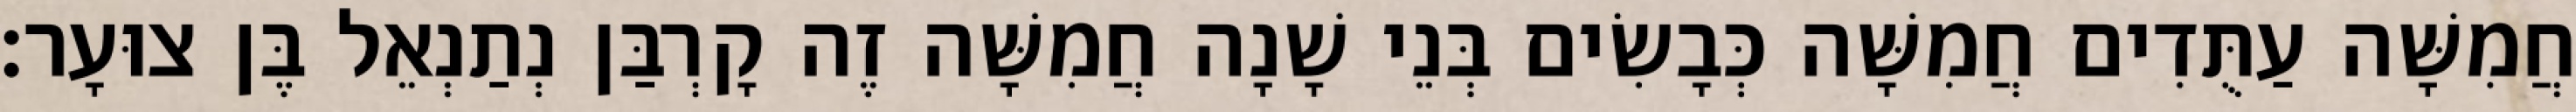
חֲמִשָּׁה עַתֻּדִים חֲמִשָּׁה כְּבָשִׂים בְּנֵי שָׁנָה חֲמִשָּׁה זֶה קָרְבַּן נְתַנְאֵל בֶּן צוּעָר׃